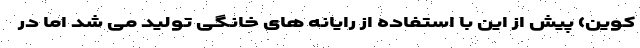
کوین) پیش از این با استفاده از رایانه های خانگی تولید می شد اما در